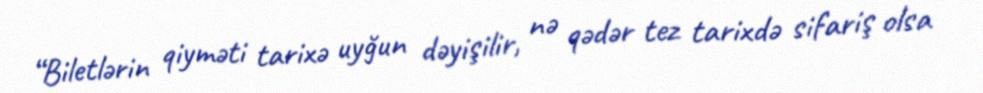
“Biletlərin qiyməti tarixə uyğun dəyişilir, nə qədər tez tarixdə sifariş olsa